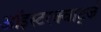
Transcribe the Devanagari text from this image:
ऑइस्टरक्वार्ट्ज